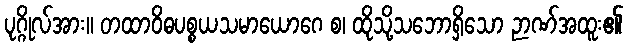
ပုဂ္ဂိုလ်အား။ တထာဝိဓပစ္စယသမာယောဂေ စ၊ ထိုသို့သဘောရှိသော ဉာဏ်အထူး၏